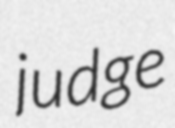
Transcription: judge